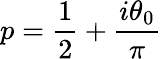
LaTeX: p=\frac 12+\frac{i\theta_{0}}\pi